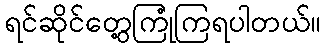
ရင်ဆိုင်တွေ့ကြုံကြရပါတယ်။